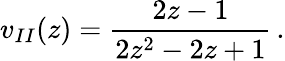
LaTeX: v_{II}(z)={\frac{2z-1}{2z^{2}-2z+1}}\, .